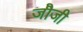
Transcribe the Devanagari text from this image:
जौजी